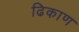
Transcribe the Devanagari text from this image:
ढिकाण